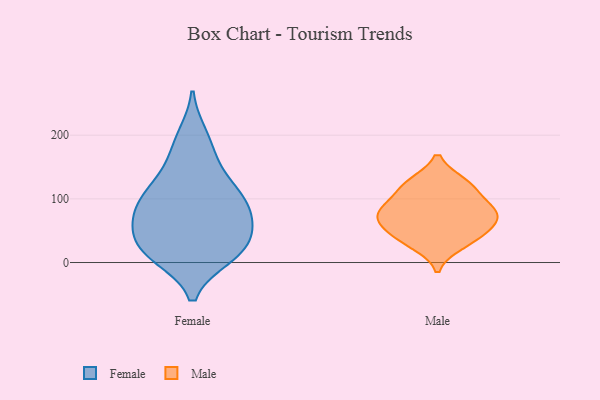
{"axis": {"x": "Humidity (%)", "y": "Value"}, "legend": ["Female", "Male"], "data": [{"x": "", "y": 23, "type": "Female"}, {"x": "", "y": 18, "type": "Female"}, {"x": "", "y": 140, "type": "Female"}, {"x": "", "y": 198, "type": "Female"}, {"x": "", "y": 16, "type": "Female"}, {"x": "", "y": 64, "type": "Female"}, {"x": "", "y": 61, "type": "Female"}, {"x": "", "y": 89, "type": "Female"}, {"x": "", "y": 23, "type": "Female"}, {"x": "", "y": 88, "type": "Female"}, {"x": "", "y": 108, "type": "Female"}, {"x": "", "y": 90, "type": "Female"}, {"x": "", "y": 53, "type": "Female"}, {"x": "", "y": 11, "type": "Female"}, {"x": "", "y": 121, "type": "Female"}, {"x": "", "y": 178, "type": "Female"}, {"x": "", "y": 71, "type": "Male"}, {"x": "", "y": 79, "type": "Male"}, {"x": "", "y": 42, "type": "Male"}, {"x": "", "y": 29, "type": "Male"}, {"x": "", "y": 75, "type": "Male"}, {"x": "", "y": 104, "type": "Male"}, {"x": "", "y": 125, "type": "Male"}, {"x": "", "y": 47, "type": "Male"}, {"x": "", "y": 77, "type": "Male"}, {"x": "", "y": 123, "type": "Male"}]}